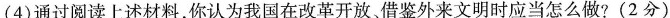
(4)通过阅读上述材料，你认为我国在改革开放、借鉴外来文明时应当怎么做?(2分)